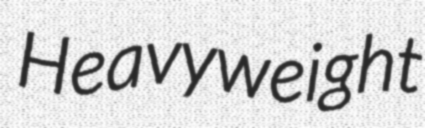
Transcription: Heavyweight